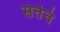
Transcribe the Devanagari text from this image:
सत्तेचं